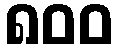
၈၀၀